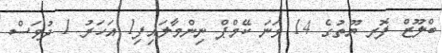
ބްލޫޒް ފޮރ ޔޫތުގެ 14 ވަނަ ކޭމްޕް ނިންމާލައިފި1 އަހަރު 1 ދުވަސް